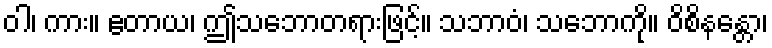
ဝါ၊ ကား။ ဧတာယ၊ ဤသဘောတရားဖြင့်။ သဘာဝံ၊ သဘောကို။ ဝိစိနန္တော၊